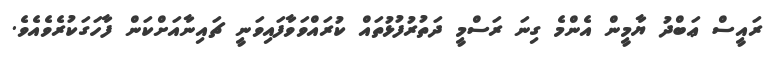
ރައީސް ޢަބްދު ޔާމީން އެންމެ ގިނަ ރަސްމީ ދަތުރުފުޅުތައް ކުރައްވަވާފައިވަނީ ޗައިނާއަށްކަން ފާހަގަކުރެވެއެވެ.